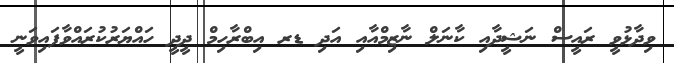
ވިދާޅުވީ ރައީސް ނަޝީދާއި ކާނަލް ނާޒިމްއާއި އަދި ޑރ އިބްރާހިމް ދީދީ ހައްޔަރުކުރައްވާފައިވަނީ